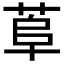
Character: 𦰺